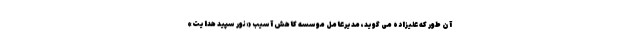
آن طور که علیزاده می گوید، مدیرعامل موسسه کاهش آسیب «نور سپید هدایت»